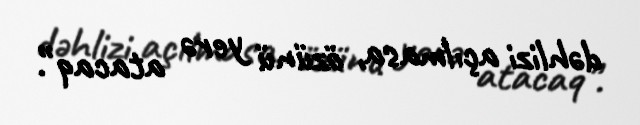
dəhlizi açılmasa, özünü yerə atacaq”.